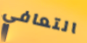
التعافي